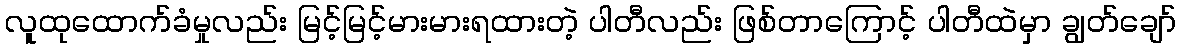
လူထုထောက်ခံမှုလည်း မြင့်မြင့်မားမားရထားတဲ့ ပါတီလည်း ဖြစ်တာကြောင့် ပါတီထဲမှာ ချွတ်ချော်